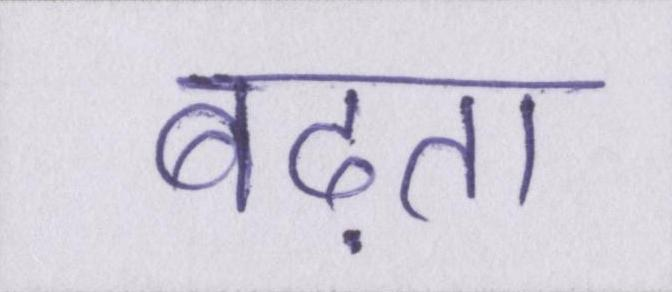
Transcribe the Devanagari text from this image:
बढ़ता